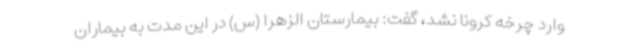
وارد چرخه کرونا نشد، گفت: بیمارستان الزهرا (س) در این مدت به بیماران